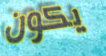
يكون